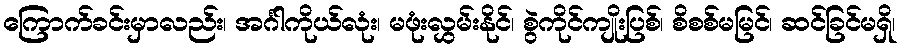
ကြောက်ခင်းမှာလည်း၊ အင်္ဂါကိုယ်လုံး၊ မဖုံးလွှမ်းနိုင်၊ စွဲကိုင်ကျိုးပြစ်၊ စိစစ်မမြင်၊ ဆင်ခြင်မရှိ၊